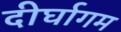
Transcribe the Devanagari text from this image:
दीर्घागम